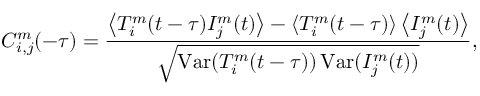
C _ { i , j } ^ { m } ( - \tau ) = \frac { \left\langle T _ { i } ^ { m } ( t - \tau ) I _ { j } ^ { m } ( t ) \right\rangle - \left\langle T _ { i } ^ { m } ( t - \tau ) \right\rangle \left\langle I _ { j } ^ { m } ( t ) \right\rangle } { \sqrt { \operatorname { V a r } ( T _ { i } ^ { m } ( t - \tau ) ) \operatorname { V a r } ( I _ { j } ^ { m } ( t ) ) } } ,